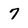
Character: 7